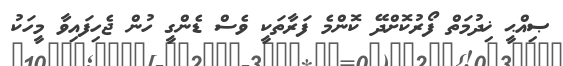
ޞިއްޙީ ޚިދުމަތް ފޯރުކޮށްދޭ ކޮންމެ ފަރާތަކީ ވެސް ޑެންގީ ހުން ޖެހިފައިވާ މީހަކު